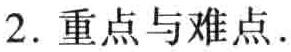
2. 重点与难点.